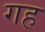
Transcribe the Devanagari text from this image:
गह